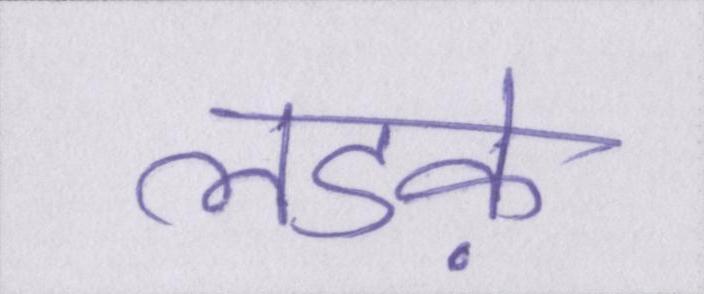
लडक़े